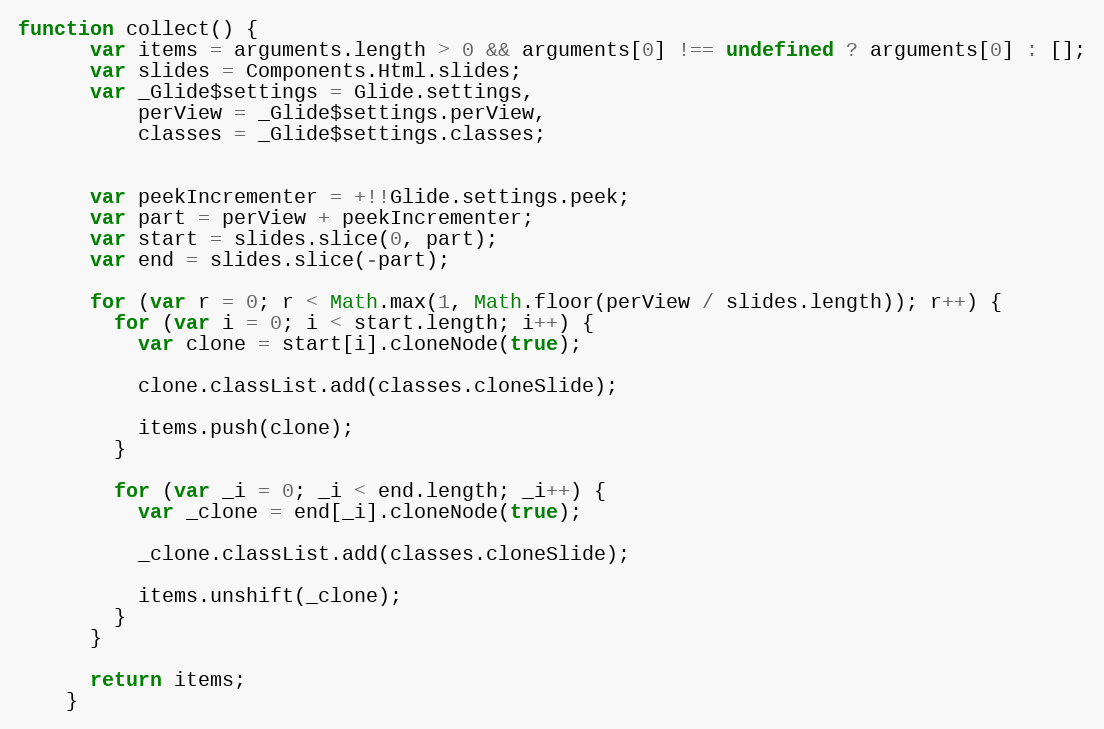
Language: JavaScript
function collect() {
      var items = arguments.length > 0 && arguments[0] !== undefined ? arguments[0] : [];
      var slides = Components.Html.slides;
      var _Glide$settings = Glide.settings,
          perView = _Glide$settings.perView,
          classes = _Glide$settings.classes;

      var peekIncrementer = +!!Glide.settings.peek;
      var part = perView + peekIncrementer;
      var start = slides.slice(0, part);
      var end = slides.slice(-part);

      for (var r = 0; r < Math.max(1, Math.floor(perView / slides.length)); r++) {
        for (var i = 0; i < start.length; i++) {
          var clone = start[i].cloneNode(true);

          clone.classList.add(classes.cloneSlide);

          items.push(clone);
        }

        for (var _i = 0; _i < end.length; _i++) {
          var _clone = end[_i].cloneNode(true);

          _clone.classList.add(classes.cloneSlide);

          items.unshift(_clone);
        }
      }

      return items;
    }